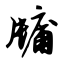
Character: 牖